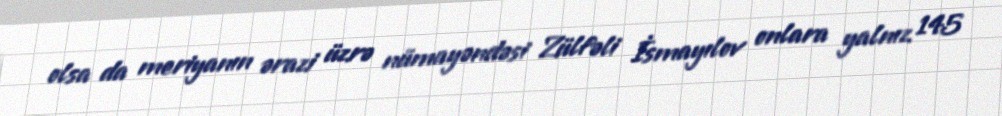
olsa da meriyanın ərazi üzrə nümayəndəsi Zülfəli İsmayılov onlara yalnız 145